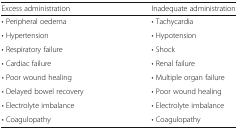
<table><thead><tr><td><b>Excess administration</b></td><td><b>Inadequate administration</b></td></tr></thead><tbody><tr><td>• Peripheral oedema</td><td>• Tachycardia</td></tr><tr><td>• Hypertension</td><td>• Hypotension</td></tr><tr><td>• Respiratory failure</td><td>• Shock</td></tr><tr><td>• Cardiac failure</td><td>• Renal failure</td></tr><tr><td>• Poor wound healing</td><td>• Multiple organ failure</td></tr><tr><td>• Delayed bowel recovery</td><td>• Poor wound healing</td></tr><tr><td>• Electrolyte imbalance</td><td>• Electrolyte imbalance</td></tr><tr><td>• Coagulopathy</td><td>• Coagulopathy</td></tr></tbody></table>